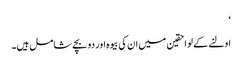
‘
اولنے کے لواحقین میں ان کی بیوہ اور دو بچے شامل ہیں۔